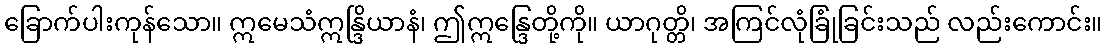
ခြောက်ပါးကုန်သော။ ဣမေသံဣန္ဒြိယာနံ၊ ဤဣန္ဒြေတို့ကို။ ယာဂုတ္တိ၊ အကြင်လုံခြုံခြင်းသည် လည်းကောင်း။